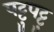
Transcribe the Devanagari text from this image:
पट्टुपट्टु